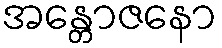
အန္တောဇနော